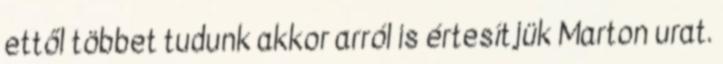
ettől többet tudunk akkor arról is értesítjük Marton urat.